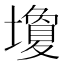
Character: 𪤩